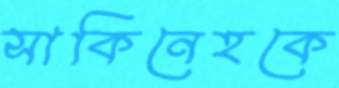
সাকিনেহকে